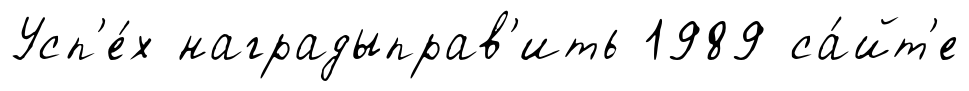
Усп'е́х наградыправ'ить 1989 са́йт'е